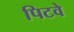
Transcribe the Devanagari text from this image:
पिटवे